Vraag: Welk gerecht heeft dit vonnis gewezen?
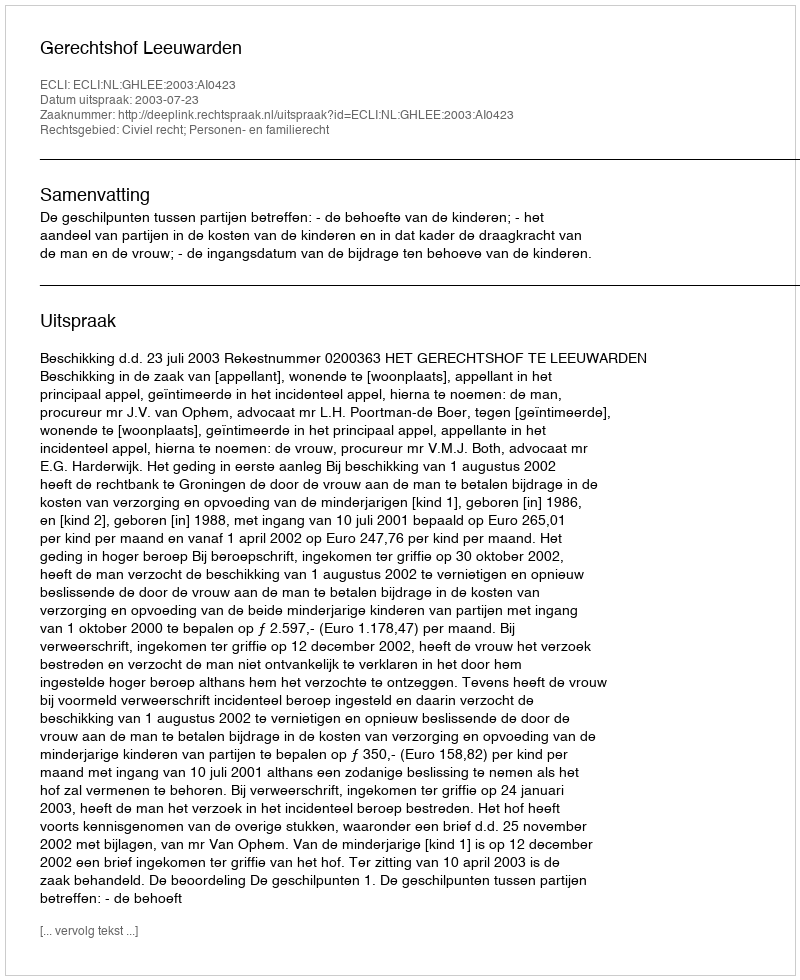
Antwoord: Gerechtshof Leeuwarden